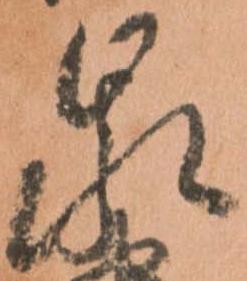
泉